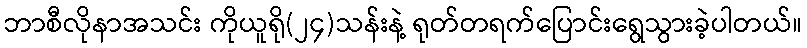
ဘာစီလိုနာအသင်း ကိုယူရို(၂၄)သန်းနဲ့ ရုတ်တရက်ပြောင်းရွေသွားခဲ့ပါတယ်။